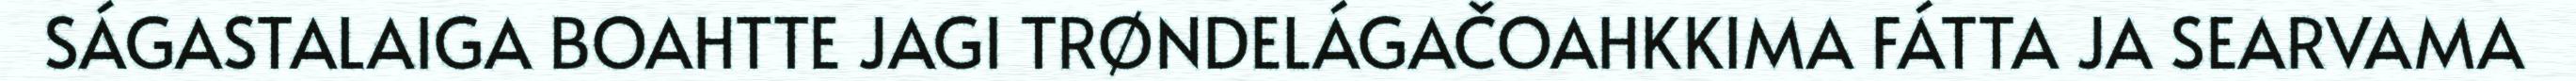
SÁGASTALAIGA BOAHTTE JAGI TRØNDELÁGAČOAHKKIMA FÁTTA JA SEARVAMA